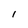
Character: I